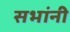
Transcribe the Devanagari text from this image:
सभांनी